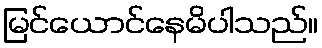
မြင်ယောင်နေမိပါသည်။